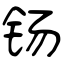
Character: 钖